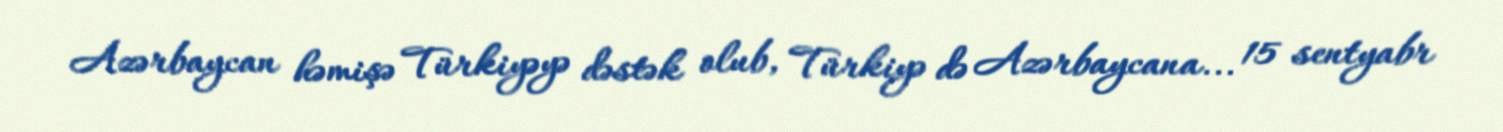
Azərbaycan həmişə Türkiyəyə dəstək olub, Türkiyə də Azərbaycana... 15 sentyabr